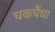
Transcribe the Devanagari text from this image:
चकचैंधा